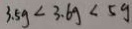
3 . 5 g < 3 . 6 g < 5 g